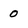
Character: 0